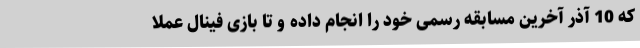
که 10 آذر آخرین مسابقه رسمی خود را انجام داده و تا بازی فینال عملا